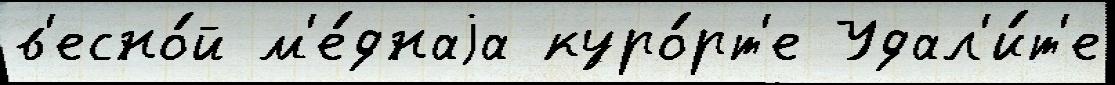
в'есно́й м'е́днаjа куро́рт'е Удал'и́т'е